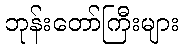
ဘုန်းတော်ကြီးများ